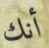
أنك